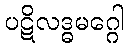
ပဋိလဒ္ဓမဂ္ဂေါ